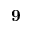
\mathbf { 9 }